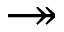
\twoheadrightarrow